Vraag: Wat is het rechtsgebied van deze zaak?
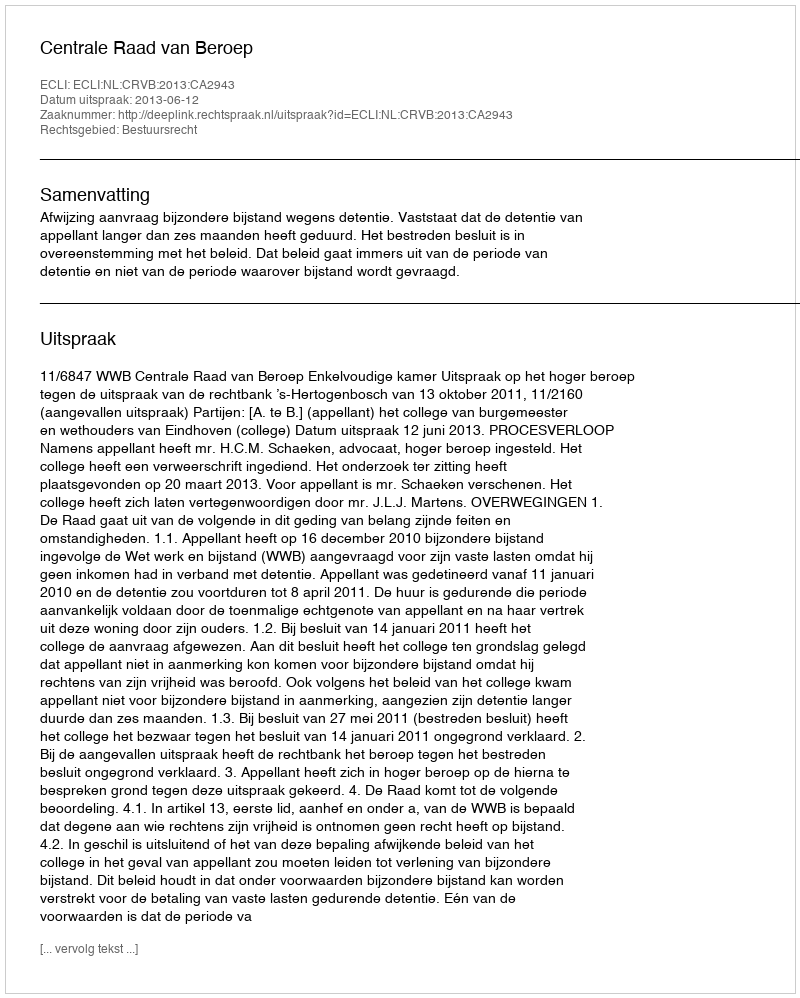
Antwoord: Bestuursrecht